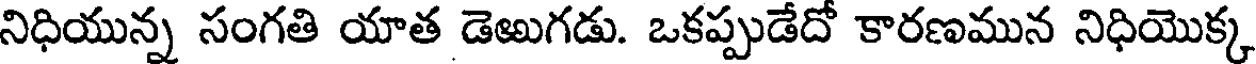
నిధియున్న సంగతి యాత డెఱుగడు. ఒకప్పుడేదో కారణమున నిధియొక్క